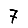
Digit: 7